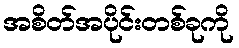
အစိတ်အပိုင်းတစ်ခုကို